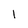
Character: 1